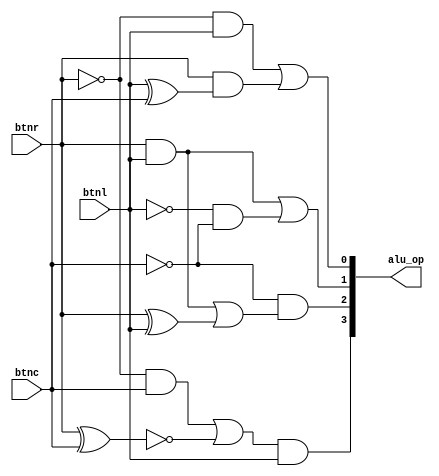
//grammi 4 !!!

module decoder
    (output [3:0] alu_op,// reg if always block
    input btnr, btnl, btnc); //4bit
    
    //internal nets
    wire x1,x2,x3,x4;
    wire y1,y2,y3,y4;
    wire z1,z2,z3,z4;
    wire r1,r2,r3,r4;

 //gate: (output, inputs) --> STRUCTURAL VERILOG
    //alu_op[0]: 
    not(x1, btnr);
    and(x2, x1, btnl);
    xor(x3, btnl, btnc);
    and(x4, btnr, x3);
    or (alu_op[0], x2, x4);

    //alu_op[1]:
    not(y2, btnl);
    not(y3, btnc);
    and(y1, btnr, btnl);
    and(y4, y2, y3);
    or(alu_op[1], y1, y4);
        
    //alu_op[2]:  
    not(z1, btnc);
    and(z2, btnr, btnl);
    xor(z3, btnr, btnl);
    or (z4, z2, z3);
    and(alu_op[2], z1, z4);

    //alu_op[3]: 
    not(r1, btnr);
    xnor(r2, btnr, btnc);
    and(r3, r1, btnc);
    or(r4, r3, r2);
    and(alu_op[3], r4, btnl);

endmodule

/*
  'alu_op'     ALU  .     
       : btnl, btnc  btnr.   
      2-5      
'alu_op'        .    decoder.v 
structural verilog       calc.v
*/